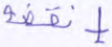
إنقضة